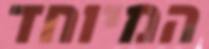
המיוחד